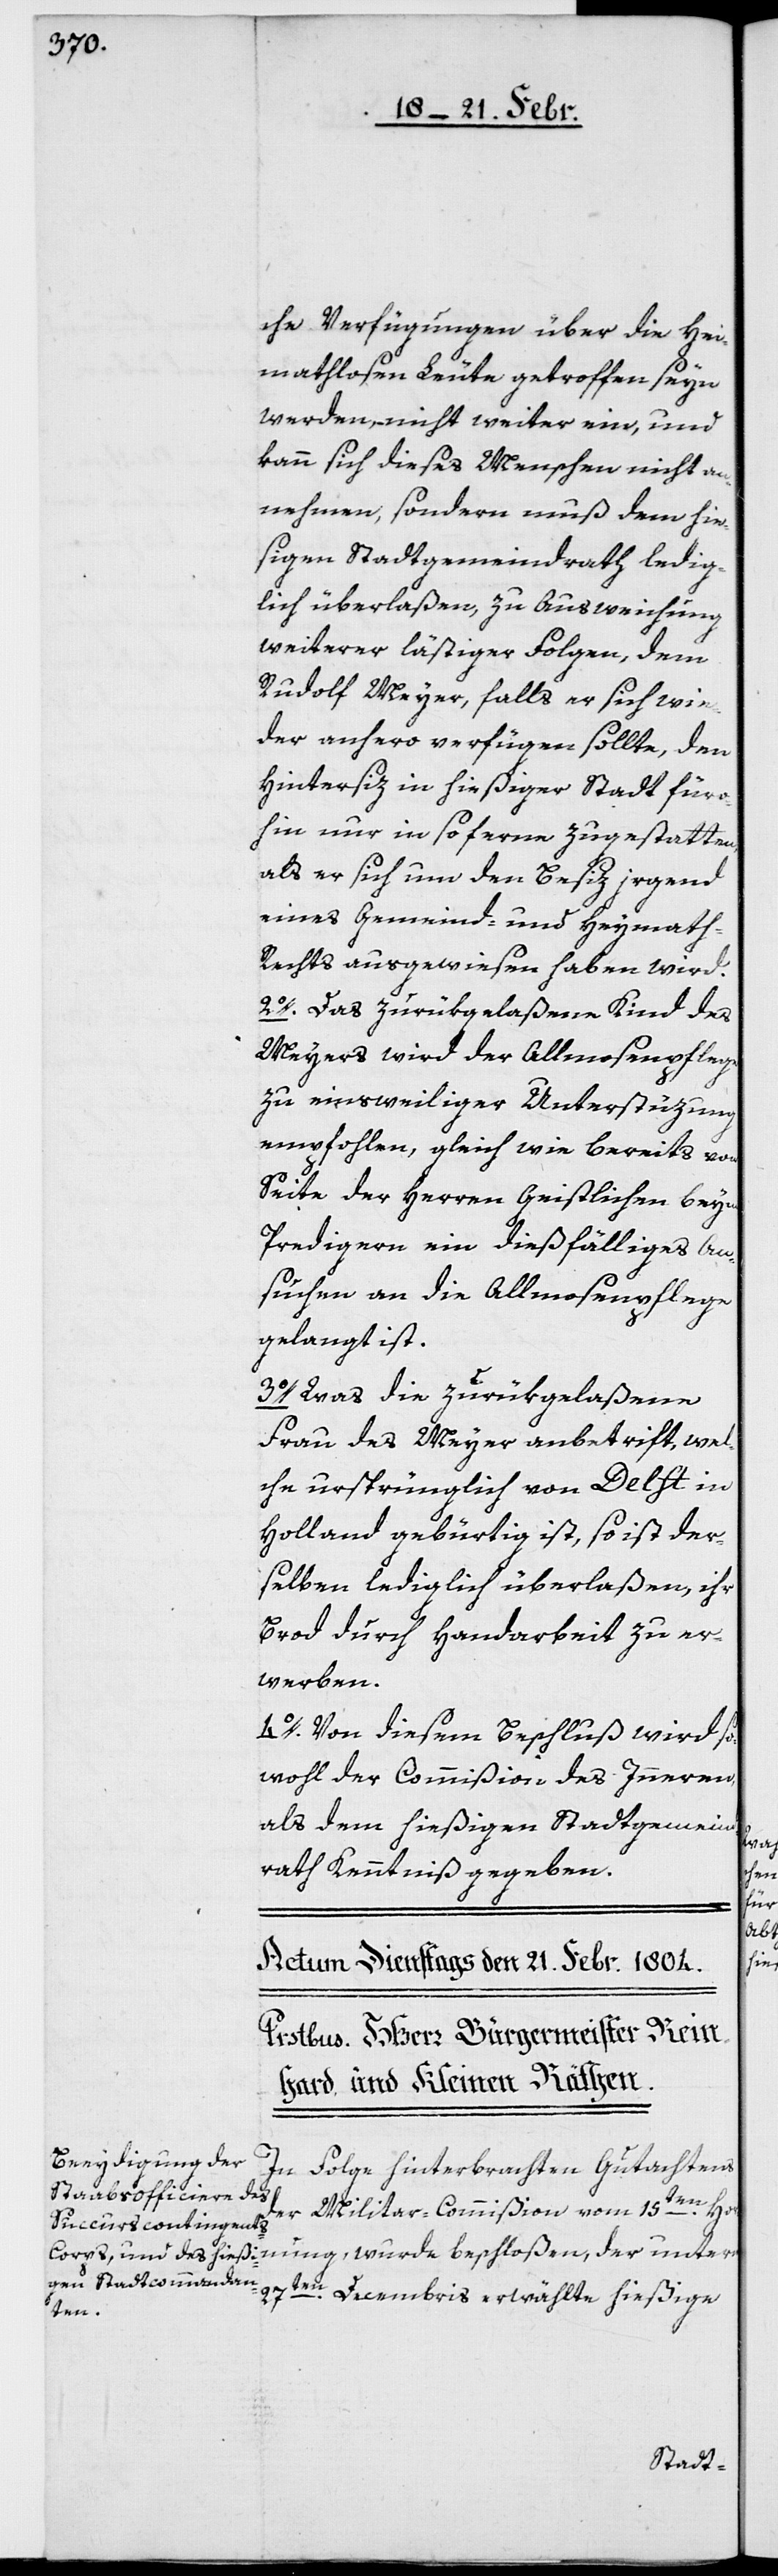
che Verfügungen über die Hei¬
mathlosen Leute getroffen seyn
werden, nicht weiter ein, und
kann sich dieses Menschen nicht an¬
nehmen, sondern muß dem hieß¬
igen Stadtgemeindrath ledig¬
lich überlaßen, zu Ausweichung
weiterer lästiger Folgen, dem
Rudolf Meyer, falls er sich wie¬
der anhero verfügen sollte, den
Hintersiz in hießiger Stadt füro¬
hin nur in soferne zugestatten,
als er sich um den Besiz irgend
eines Gemeind- und Heymat¬
h-Rechts ausgewiesen haben wird.
2o. Das zurükgelaßene Kind des
Meyers wird der Allmosenpflege
zu einsweiliger Unterstüzung
empfohlen, gleich wie bereits von
Seite der Herren Geistlichen beym
Predigern ein dießfälliges An¬
suchen an die Allmosenpflege
gelangt ist.
3o. Was die zurükgelaßene
Frau des Meyer anbetrift, wel¬
che ursprünglich von Delft in
Holland gebürtig ist, so ist der¬
selben lediglich überlaßen, ihr
Brod durch Handarbeit zu er¬
werben.
4o. Von diesem Beschluß wird so¬
wohl der Commißion des Innern
als dem hießigen Stadtgemeind¬
rath Kenntniß gegeben.
beschloßen, der unterm 27ten. Decem¬
In Folge hinterbrachten Gutachtens
der Militar-Commißion vom 15ten.

ßige
bris
hie¬